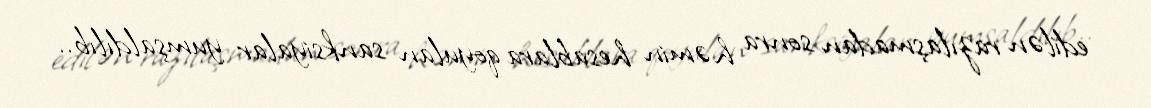
edilən razılaşmadan sonra həmin hesablara qoyulan sanksiyalar yumşaldılıb..